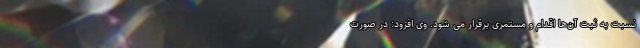
نسبت به ثبت آن‌ها اقدام و مستمری برقرار می شود. وی افزود: در صورت